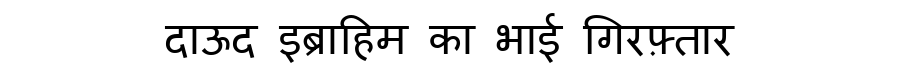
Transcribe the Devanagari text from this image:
दाऊद इब्राहिम का भाई गिरफ़्तार